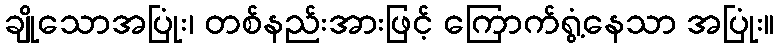
ချိုသောအပြုံး၊ တစ်နည်းအားဖြင့် ကြောက်ရွံ့နေသာ အပြုံး။